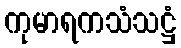
ကုမာရကသံသဋ္ဌံ